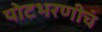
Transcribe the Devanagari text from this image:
पोटभरणीचं